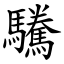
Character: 驣